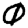
Digit: 0